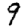
Digit: 9